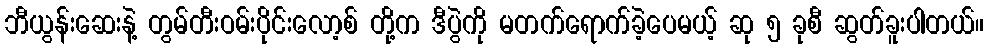
ဘီယွန်းဆေးနဲ့ တွမ်တီးဝမ်းပိုင်းလော့စ် တို့က ဒီပွဲကို မတက်ရောက်ခဲ့ပေမယ့် ဆု ၅ ခုစီ ဆွတ်ခူးပါတယ်။